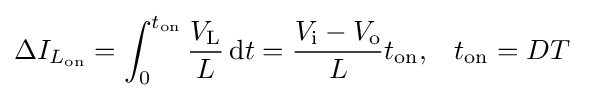
{\begin{aligned}\Delta I_{L_{\text{on}}}&=\int _{0}^{t_{\text{on}}}{\frac {V_{\text{L}}}{L}}\,\mathrm {d} t={\frac {V_{\text{i}}-V_{\text{o}}}{L}}t_{\text{on}},&t_{\text{on}}&=DT\end{aligned}}